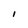
Character: l